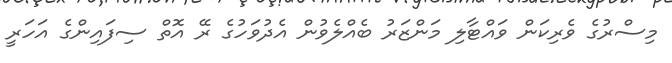
މިސްރުގެ ވެރިކަން ވައްޓާލި މަންޒަރު ބެއްލެވުން އެދުވަހުގެ ރޭ އޮތް ސިފައިންގެ އަހަރީ